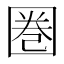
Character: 圏